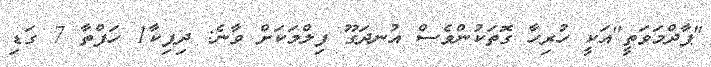
"ޕާދްމަވަތީ"އަކީ ހުރިހާ ގޮތަކުންވެސް އުނދަގޫ ފިލްމަކަށް ވާނެ: ދިޕިކާ1 ހަފްތާ 7 ގަޑި